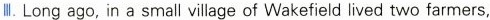
Ⅲ.Long ago,in a small village of Wakefield lived two farmers,